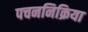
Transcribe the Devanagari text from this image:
पचननिक्रिया